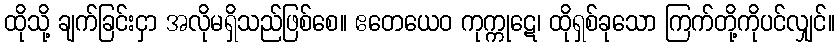
ထိုသို့ ချက်ခြင်းငှာ အလိုမရှိသည်ဖြစ်စေ။ ဧတေယေဝ ကုက္ကုဋေ၊ ထိုရှစ်ခုသော ကြက်တို့ကိုပင်လျှင်။